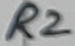
Text: R2